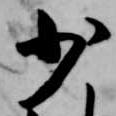
少